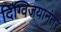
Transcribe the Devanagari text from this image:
दिग्विजयानंतर